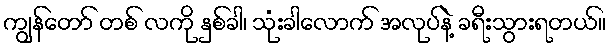
ကျွန်တော် တစ် လကို နှစ်ခါ၊ သုံးခါလောက် အလုပ်နဲ့ ခရီးသွားရတယ်။